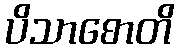
ပိသာစောတိ